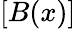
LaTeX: [B(x)]